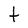
Character: t